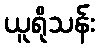
ယူရိုသန်း